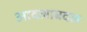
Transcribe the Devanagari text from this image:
आदलाबदल